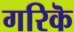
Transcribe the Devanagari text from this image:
गरिकॆ